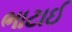
ભાટાઈ